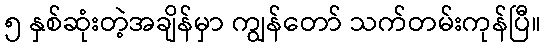
၅ နှစ်ဆုံးတဲ့အချိန်မှာ ကျွန်တော် သက်တမ်းကုန်ပြီ။